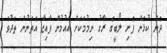
ދެން ކުޅެން ފެށި ލޯބީގެ ރާގު ނިމުމަކަށް އައުމުން ފާއިޒާ އެތަނުން ތެދުވެ